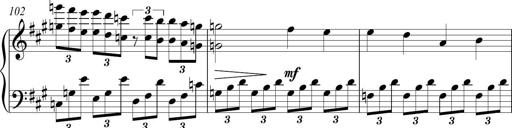
Title: Piano Sonatina in A major
Composer: Z Q Sysmoebius
Key: A major